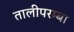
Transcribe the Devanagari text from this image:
तालीपरम्बा